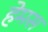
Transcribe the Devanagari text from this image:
हेमस